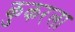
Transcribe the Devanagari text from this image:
कुकरला